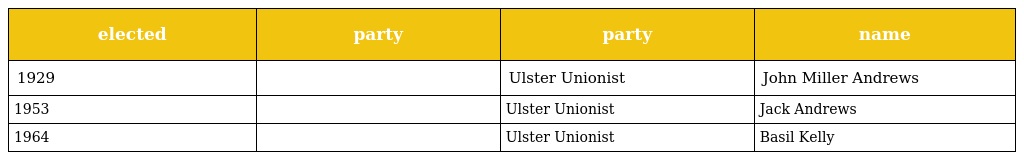
| elected | party | party | name |
 | --- | --- | --- | --- |
 | 1929 |  | Ulster Unionist | John Miller Andrews |
 | 1953 |  | Ulster Unionist | Jack Andrews |
 | 1964 |  | Ulster Unionist | Basil Kelly |